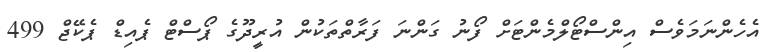
އެހެންނަމަވެސް އިންސްޓޯލްމެންޓަށް ފޯނު ގަންނަ ފަރާތްތަކުން އުރީދޫގެ ޕޯސްޓް ޕެއިޑް ޕެކޭޖް 499